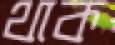
থাক